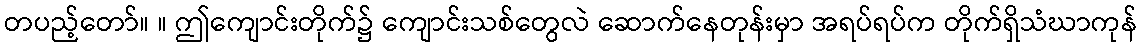
တပည့်တော်။ ။ ဤကျောင်းတိုက်၌ ကျောင်းသစ်တွေလဲ ဆောက်နေတုန်းမှာ အရပ်ရပ်က တိုက်ရှိသံဃာကုန်